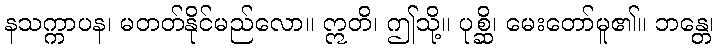
နသက္ကာပန၊ မတတ်နိုင်မည်လော။ ဣတိ၊ ဤသို့။ ပုစ္ဆိ၊ မေးတော်မူ၏။ ဘန္တေ၊